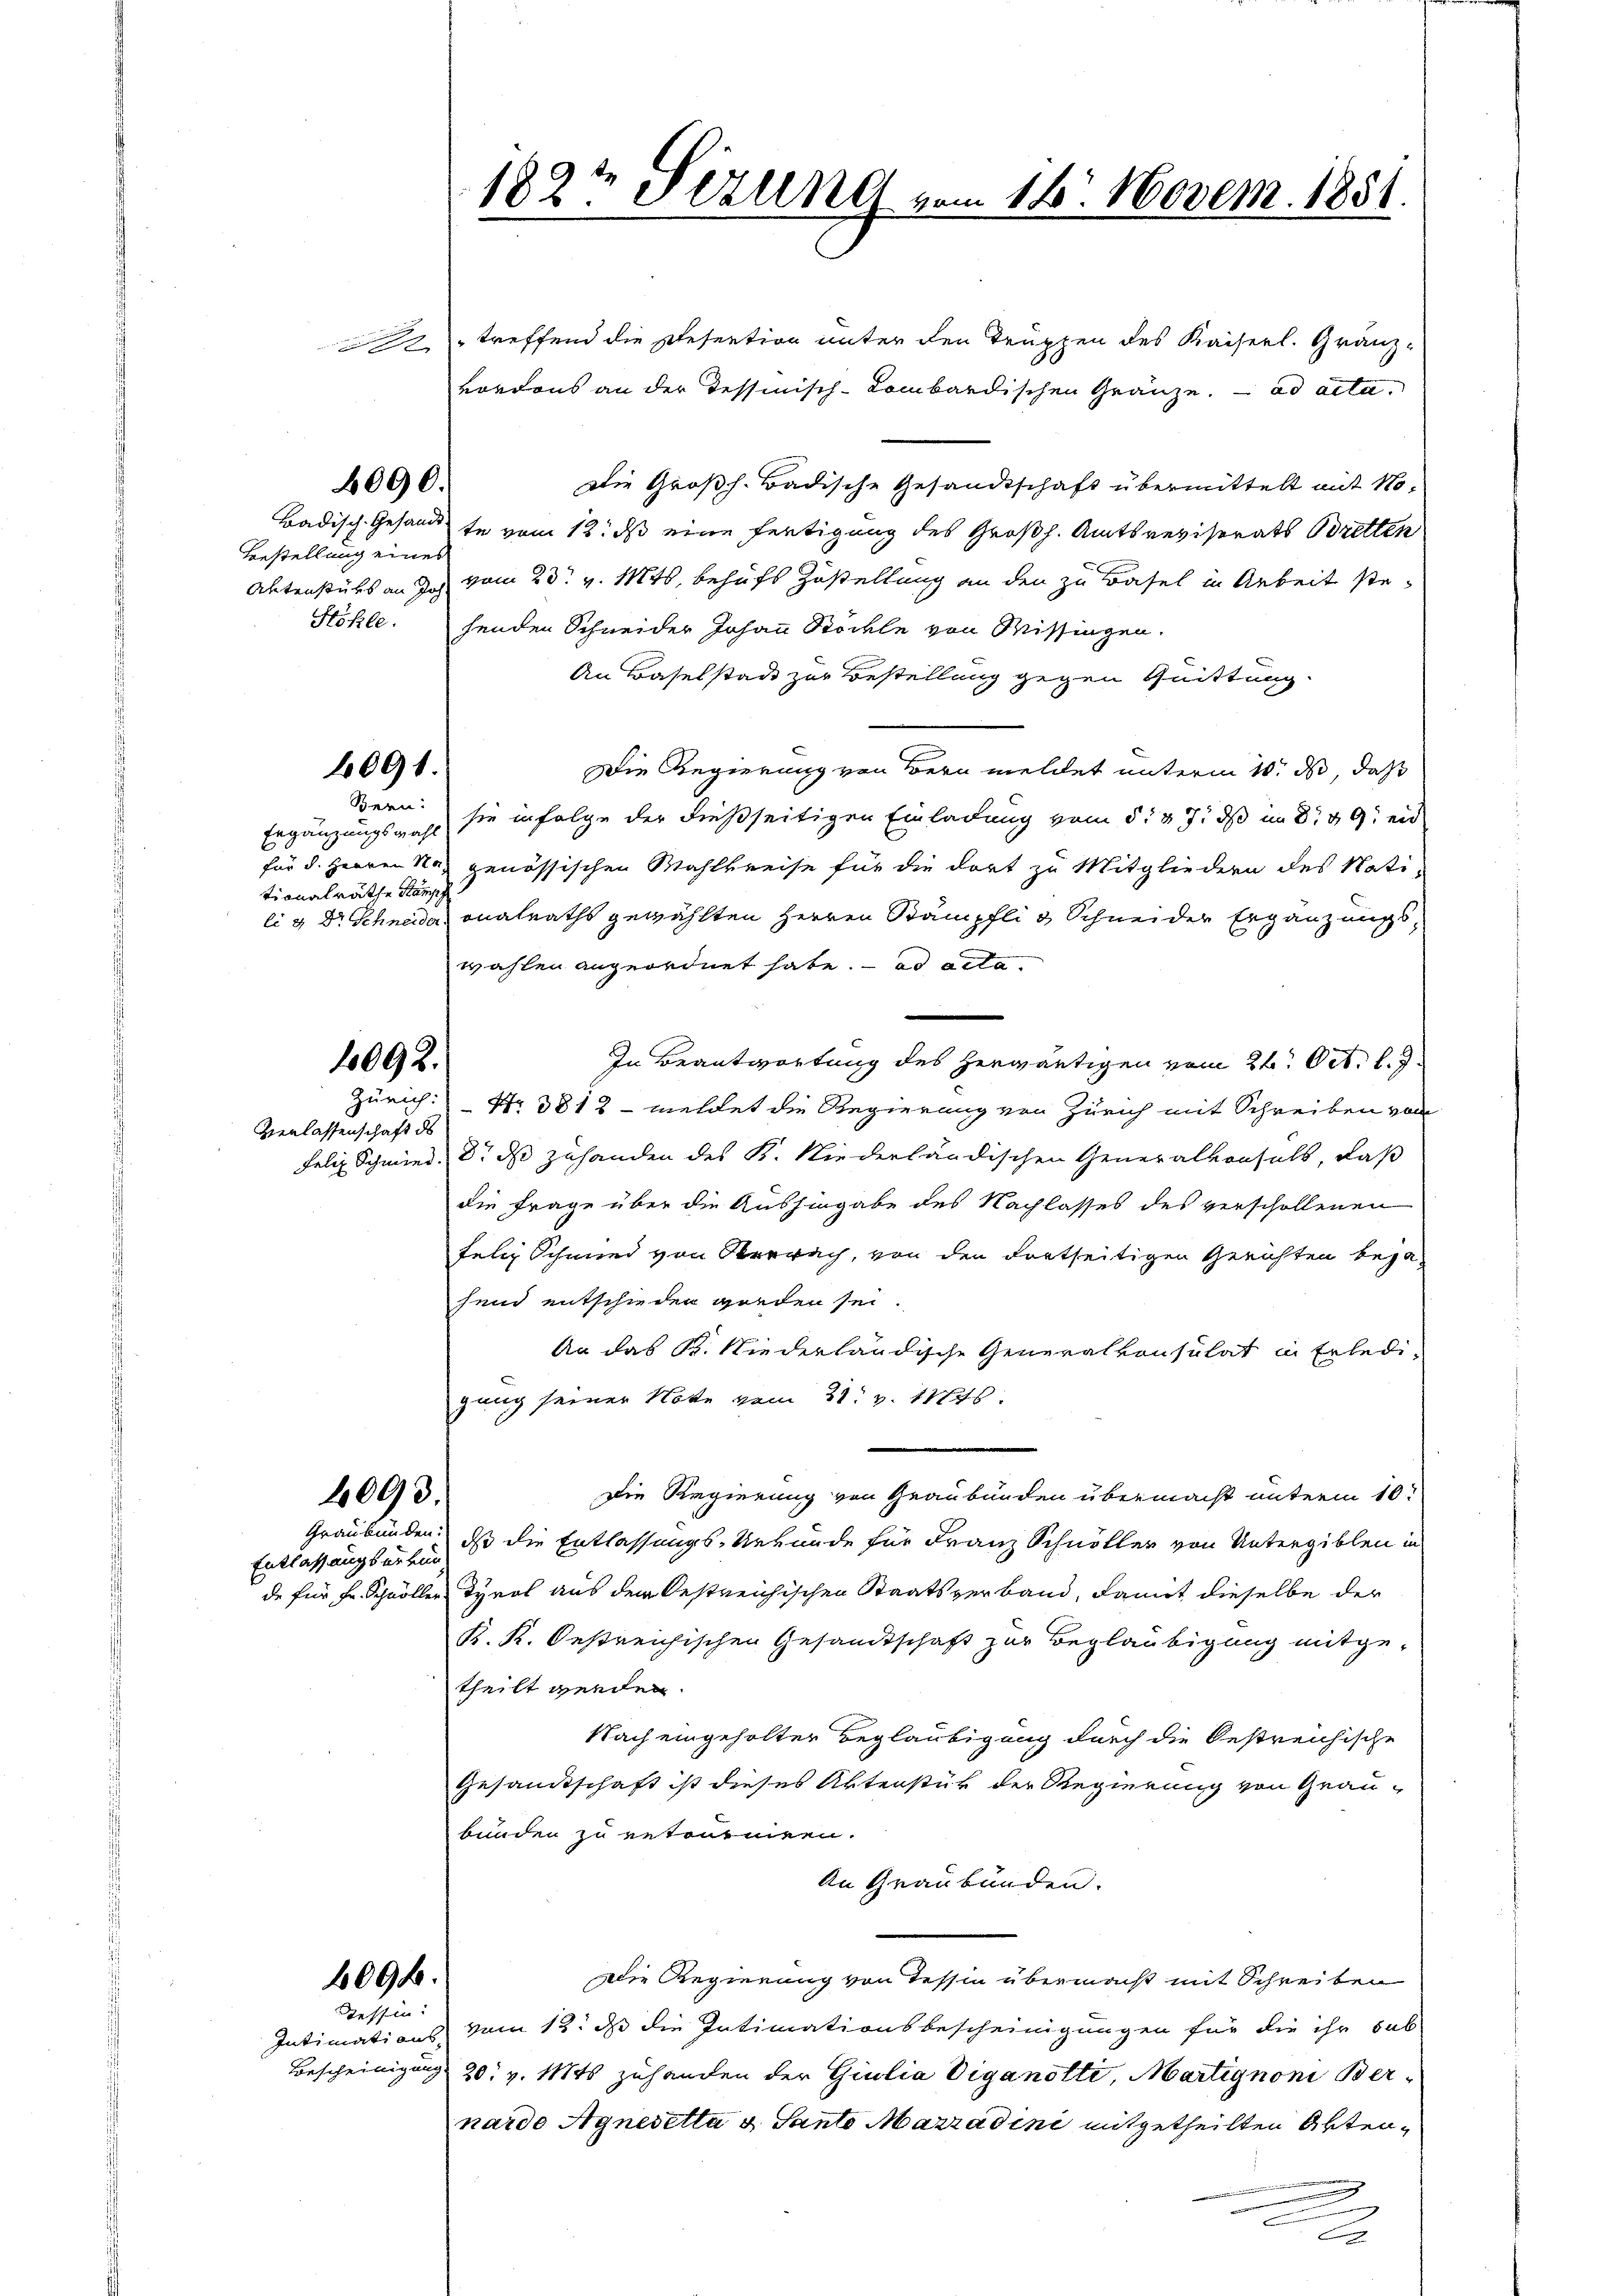
2

8090.

Bestellung eines

1091.

Bern:
Ergänzungswahl
tionalräthe Kampf

1092.

Verlassenschaft ds

1093.

Entlassung der kün

treffend die Resention unter den Truppen des Kaiserl. Granz-
vordons an der Tessinisch-Kombardischen Gränze. ad acta.
Die Großh. Badische Gesandtschaft übermittelt mit No¬
Badisch.-Gesandt se vom 12. ds eine fertigung des Großh. Amtsrevisorats Bretten
Aktenstücks an doch vom 23. v. Mts., behufs Zustellung an den zu Basel in Arbeit ste¬
Stöhle. henden Schneider Johann Stöckle von Missingen.
An Baselstadt zur Bestellung gegen Quittung.
Die Regierung von Bern meldet unterm 10. ds, daß
sie infolge der dießseitigen Einladung vom 5. 87, dß im 8. 89. end
für d. Herren Not genössischen Wahlkreise für die dort zu Mitgliedern des Nati-
li & Dr Schneide, onalraths gewählten Herren Stämpfli & Schneider Ergänzungswählen angeordnet habe. ad acta
In Beantwortung des herwärtigen vom 26. Oct. l. J.
Zürich: Nr. 3812 - meldet die Regierung von Zürich mit Schreiben von
Felix Schmied. 8. ds zuhanden des K. Niederländischen Generalversals, daß
die Frage über die Aushingabe des Nachlasses des verschollenen
felig Schmied von Oberrach, von den dortseitigen Gerichten bejahend entschieden worden sei.
An das K. Niederländische Generalkonsulat in Erledigang seiner Note vom 31. v. 11845.
Die Regierung von Graubünden übermacht unterm 10.
Graubünden, daß die Entlassungs-Urkunde für Franz Schnöller von Untergiblen in
de für Hr. Schöller Tyrol aus dem bestreichischen Staatsverband, damit dieselbe der
K. K. Oestreichischen Gesandtschaft zur Beglaubigung mitge-
theilt werden.
Nach eingeholter Beglaubigung durch die Oestreichische
Gesandtschaft ist dieses Aktenstür der Regierung von Grau-
bunden zu retourniren.
An Graubünden.
ale Regierung von Tessin übermacht mit Schreiben
Intimations vom 13. d die Intimationsbescheinigungen für die ihr sub
Bescheinigung 20. v. Mts zuhanden der Giulia Viganotti, Martignoni Ber
narde Agnesella v. Sante Marradini mitgetheilten Aktennung
2

4096.

dessen:

182t Sizung vom 18. Novem. 1851.